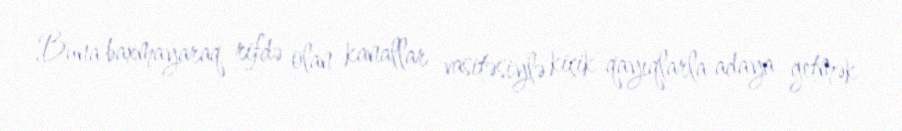
Buna baxmayaraq rifdə olan kanallar vasitəsiylə kiçik qayıqlarla adaya getmək